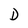
Character: D